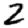
Digit: 2